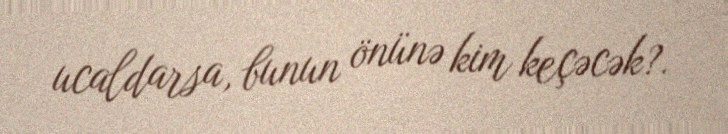
ucaldarsa, bunun önünə kim keçəcək?.